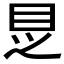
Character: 𱲩